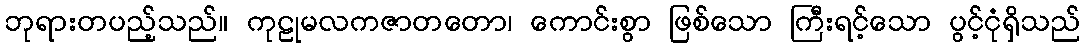
ဘုရားတပည့်သည်။ ကုဠုမလကဇာတတော၊ ကောင်းစွာ ဖြစ်သော ကြီးရင့်သော ပွင့်ငုံရှိသည်